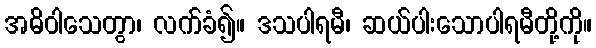
အဓိဝါသေတွာ၊ လက်ခံ၍။ ဒသပါရမီ၊ ဆယ်ပါးသောပါရမီတို့ကို။